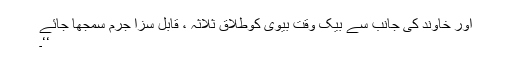
اور خاوند کی جانب سے بیک وقت بیوی کوطلاق ثلاثہ ، قابل سزا جرم سمجھا جائے
‘‘۔